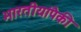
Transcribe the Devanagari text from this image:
भारतीयांपैकी